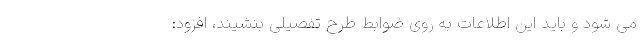
می شود و باید این اطلاعات به روی ضوابط طرح تفصیلی بنشیند، افزود: